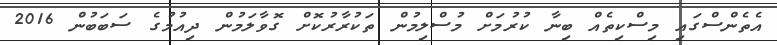
އެތެންސްގައި މިސްކިތެއް ބިނާ ކުރުމަށް މުސްލިމުން ތަކުރާރުކޮށް ގޮވާލަމުން ދިއުމުގެ ސަބަބުން 2016